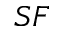
S F